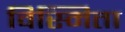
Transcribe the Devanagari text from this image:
विस्मिता